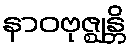
နာဝဗုဇ္ဈန္တိ